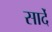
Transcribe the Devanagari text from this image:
सार्दे